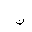
Letter: _non